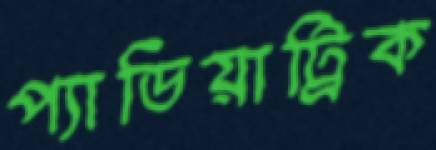
প্যাডিয়াট্রিক